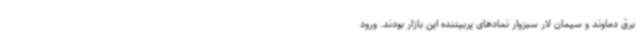
برق دماوند و سیمان لار سبزوار نمادهای پربیننده این بازار بودند. ورود